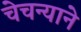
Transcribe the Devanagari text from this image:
चेचन्याने